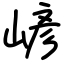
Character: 嵃